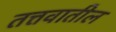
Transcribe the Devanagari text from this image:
तत्तवातील